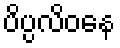
ပိပ္ပလိဝနေ